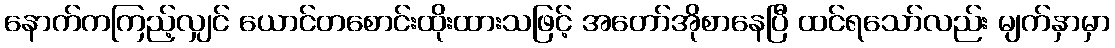
နောက်ကကြည့်လျှင် ယောင်တစောင်းထိုးထားသဖြင့် အတော်အိုစာနေပြီ ထင်ရသော်လည်း မျက်နှာမှာ